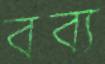
বব্য